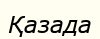
Қазада